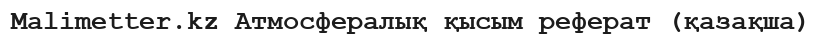
Malimetter.kz Атмосфералық қысым реферат (қазақша)